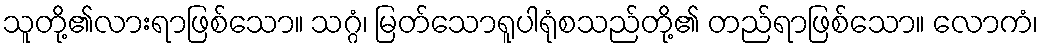
သူတို့၏လားရာဖြစ်သော။ သဂ္ဂံ၊ မြတ်သောရူပါရုံစသည်တို့၏ တည်ရာဖြစ်သော။ လောကံ၊